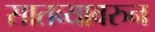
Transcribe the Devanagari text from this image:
सातव्यावरुन